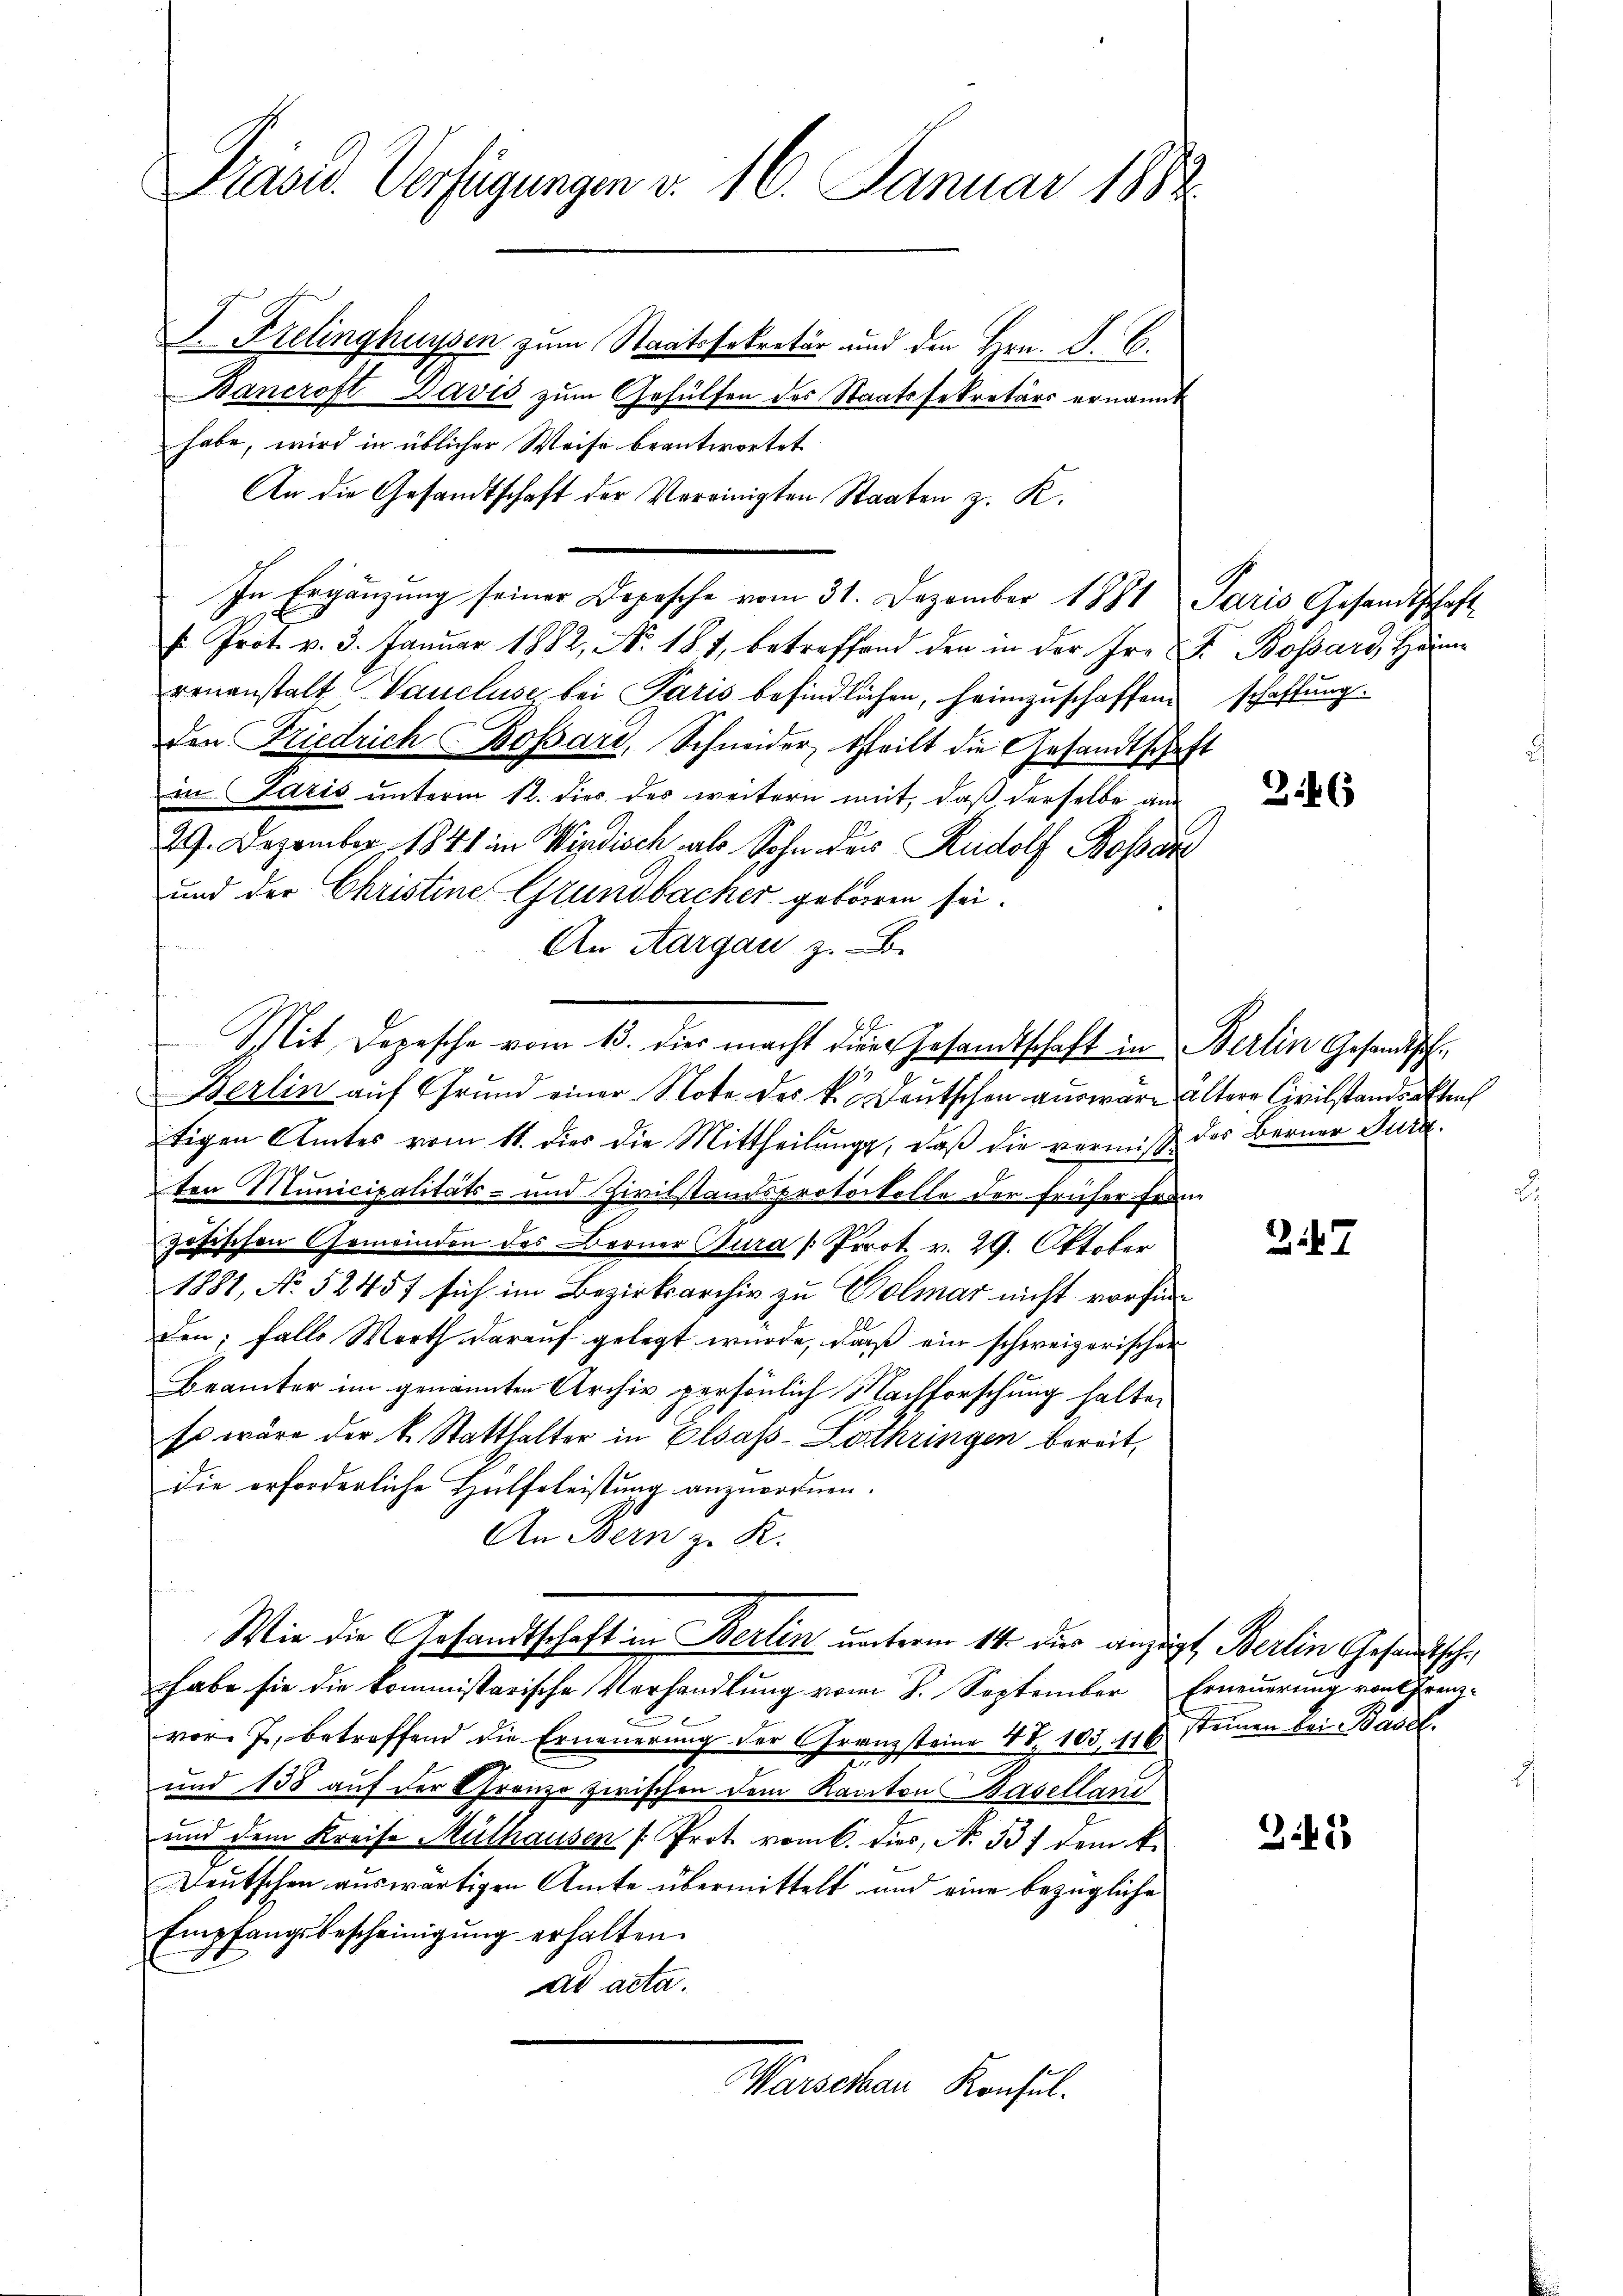
Präsid. Verfügungen d. 16. Januar 1882

J. Prelinghüssen zum Staatssekretär und den Hrn. F. C.
Bancroft Bavis zum Gehülfen des Staatssekretärs ernannt
habe, wird in üblicher Weise beantwortet
An die Gesandtschaft der Vereinigten Staaten z. K.
In Ergänzung seiner Dopische vom 31. Dezember 1881 Paris Gesandtschaft
f Prot. v. 3. Januar 1882, No. 181, betreffend den in der Iro F. Bossard, Hörne
renanstalt Vaucluse, bei Paris befindlichen, heimzuschaffend schaffung.
den Friedrich Bossari, Schneider, theilt die Gesandtschaf
in Paris unterm 12. dies des weitern mit, daß derselbe am
29. Dezember 1841 in Windisch als Sohn der Rudolf Bossar
und der Christine Grundbacher geboren sei.
An Aargau z. B.
tigen Amtes vom 11. dies die Mittheilung, daß die vermiß des Berner Jura.
ten Municipalitäts- und Zivilstandsprotokolle der früher Französischen Gemeinden des Berner Jura [Prrot. v. 29. Oktober
1881, No 5245f sich im Bezirksarchiv zu Bolmar nicht vorfinden; falls Werth darauf gelegt wurde, daß ein schweizerischer
Brämter im genannten Archiv persönlich Nachforschung halten
Es wäre der k. Statthalter in Elsass-Lothringen bereit,
die erforderliche Hülfeleistung anzuordnen.
An Bern z. K.
Wie die Gesandtschaft in Berlin unterm 14. der anzeigt, Berlin Gesandtsche
habe sie die kommissarische Verhandlung vom 8. September Erneuerung von Frenzvor. J., betreffend die Erneuerung der Franzsteine 47. 105, 116 Steinen bei Basel.
und 158 auf der Granze zwischen dem Kanton Baselland
und dem Kreise Mülhausen [Prot. vom 6. dies, N. 337 dem k.
Deutschen auswärtigen Amte übermittelt und eine bezügliche
Empfangsbescheinigŭng erhalten.
ad acta.
Marschau Konsul

Mit Depesche vom 13. dies macht die Gesandtschaft in Berlin Gesandtsch
Berlin auf Grund einer Note des k. Deutschen auswäre ältere Civilstandsakten

1

3.46

27.

31